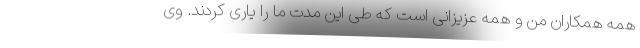
همه همکاران من و همه عزیزانی است که طی این مدت ما را یاری کردند. وی